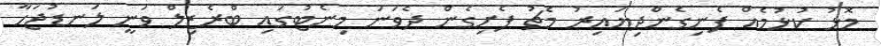
މޮޅު ކުޅުމެއް ފެނިގެންދިޔައިރު މެޗު ފެށިގެން ދެވަނަ މިނެޓުގައި ބްރެޒިލް ވަނީ ލަނޑުޖަހާ